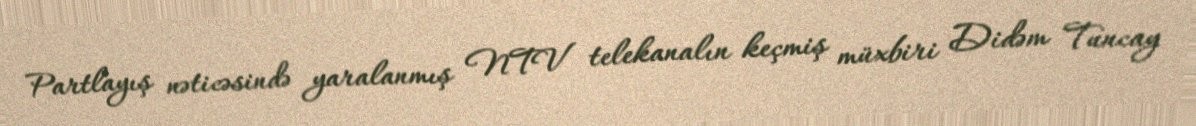
Partlayış nəticəsində yaralanmış NTV telekanalın keçmiş müxbiri Didəm Tuncay